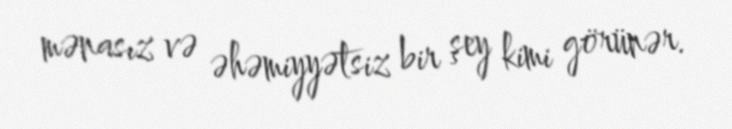
mənasız və əhəmiyyətsiz bir şey kimi görünər.